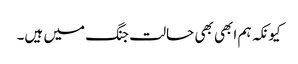
کیونکہ ہم ابھی بھی حالت جنگ میں ہیں۔